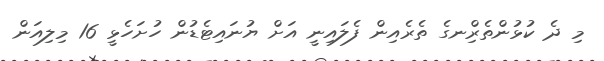
މި ދެ ކުޅުންތެރިްނގެ ތެރެއިން ފެލައިނީ އަށް ޔުނައިޓެޑުން ހުށަހެޅީ 16 މިލިއަން